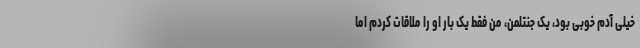
خیلی آدم خوبی بود، یک جنتلمن، من فقط یک بار او را ملاقات کردم اما